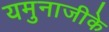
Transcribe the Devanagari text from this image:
यमुनाजीके